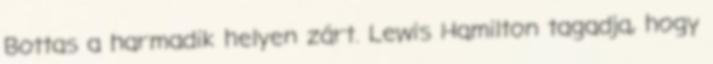
Bottas a harmadik helyen zárt. Lewis Hamilton tagadja, hogy